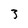
Character: 3